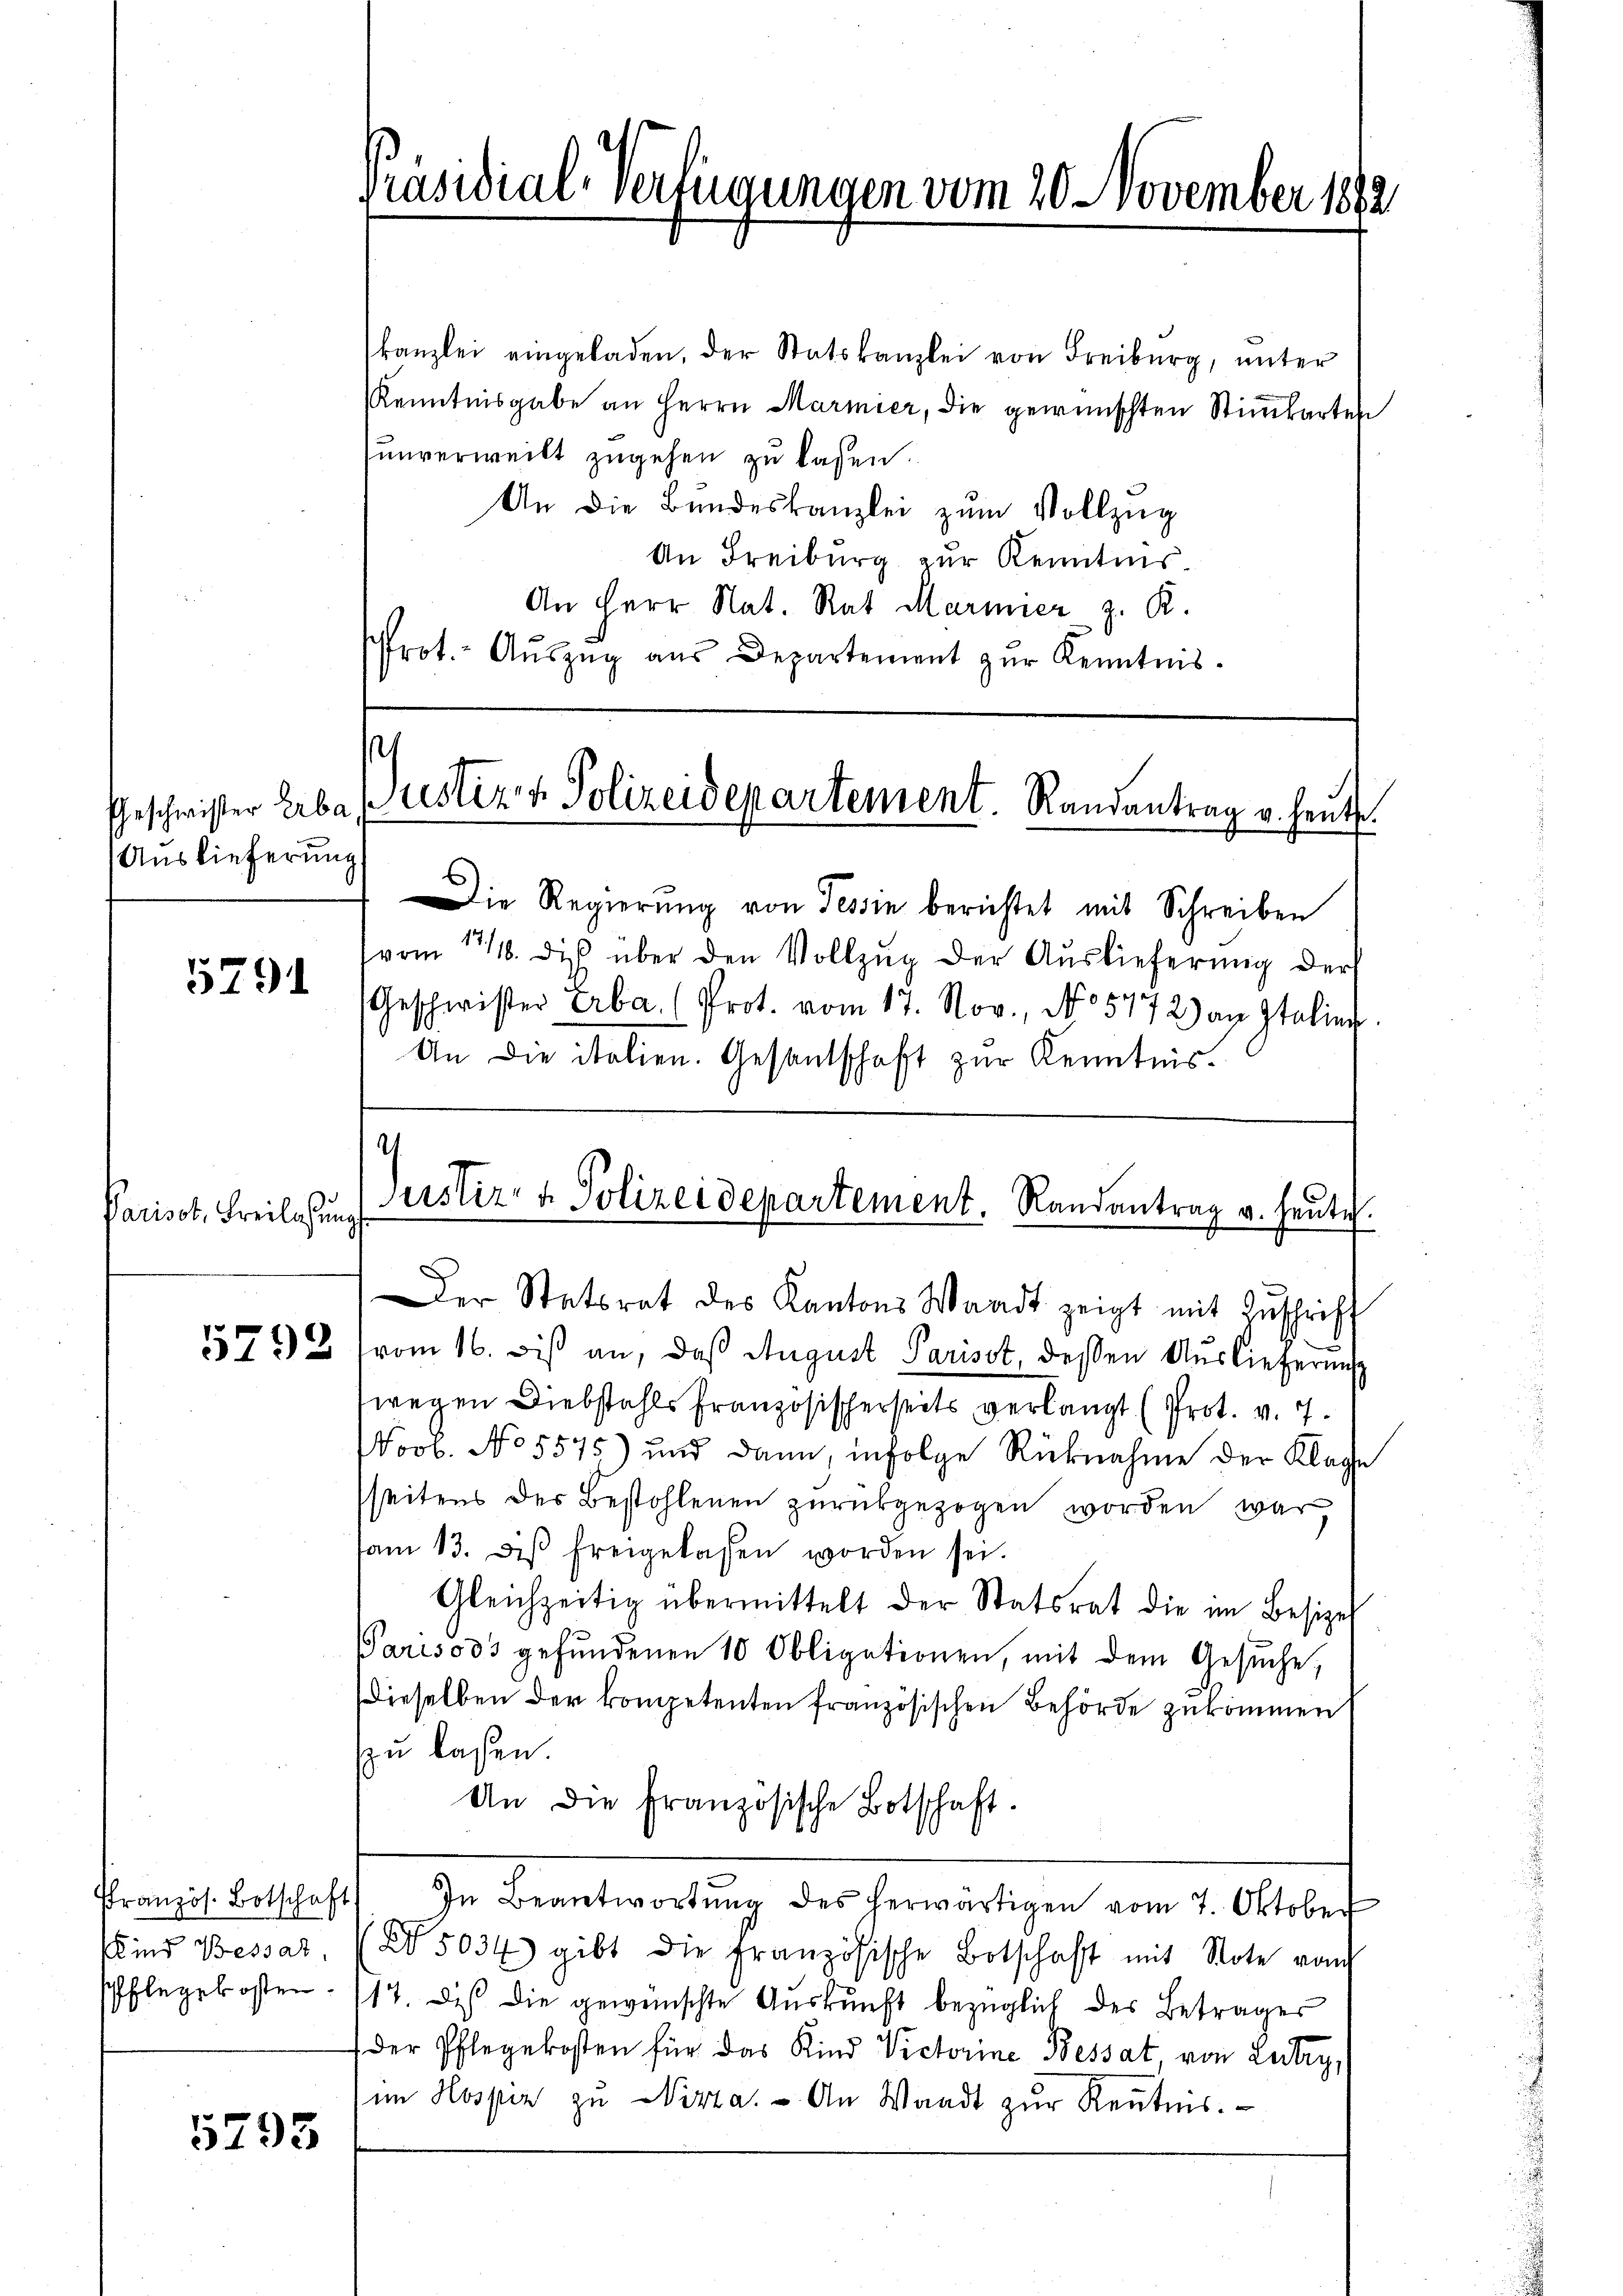
Geschwister Erba
Auslieferung

5291

Parisot, Freilassung

Pranzös. Botschaft

5793

Präsidial-Verfügungen vom 20. November 18

kanzlei eingeladen, der Statskanzlei von Freiburg, unter
Kenntnisgabe an Herrn Marmier, die gewünschten Stimmkarten
unverweilt zugehen zu lassen.
An die Bundeskanzlei zŭm Vollzug
An Freiburg zur Kenntnis.
An Herr Nat. Rat Marmier z. R.
Prot. Aŭszŭg aŭs Departement zŭr Kenntnis.

s
Justiz & Polizeidepartement. Randantrag v. heute

Die Regierung von Tessin berichtet mit Schreiben
vom 17/18. die über den Vollzŭg der Aŭslieferung der
Geschwister Erba. (Prot. vom 17. Nov., No 5772) an Italien
An die italien. Gesandtschaft zur Kenntnis.
Der Statsrat des Kantons Waadt zeigt mit Zŭschrift
1571 2 vom 16. bis an, daß August Pariset, dessen Auslieferung
wegen Diebstahls französischerseits verlangt (Prot. v. 7.
NNovb. No 5575) und dann, infolge Rücknahme der Klage
seitens der Bestohlenen zurückgezogen worden war,
sam 13. diβ freigelassen worden sei.
Gleichzeitig übermittelt der Statsrat die im Besize
Parisoos gefŭndenen 10 Obligationen, mit dem Gesŭche,
dieselben der kompetenten französischen Behörde zukommen
zu lassen.
An die Französische Botschaft.
In Beantwortung des herwärtigen vom 7. Oktober
sind Bessar (5034 gibt die französische Botschaft mit Note vom
Pflegekosten 17. dis die gewünschte Auskunft bezüglich des Betrages
der Pflegekosten für das Kind Victorine Bessat von Lutry,
im Hospiz zu Wirta.  An Waadt zŭr Keṅtnis.

¬
Justiz- & Polizeidepartement. Randantrag v. heute.